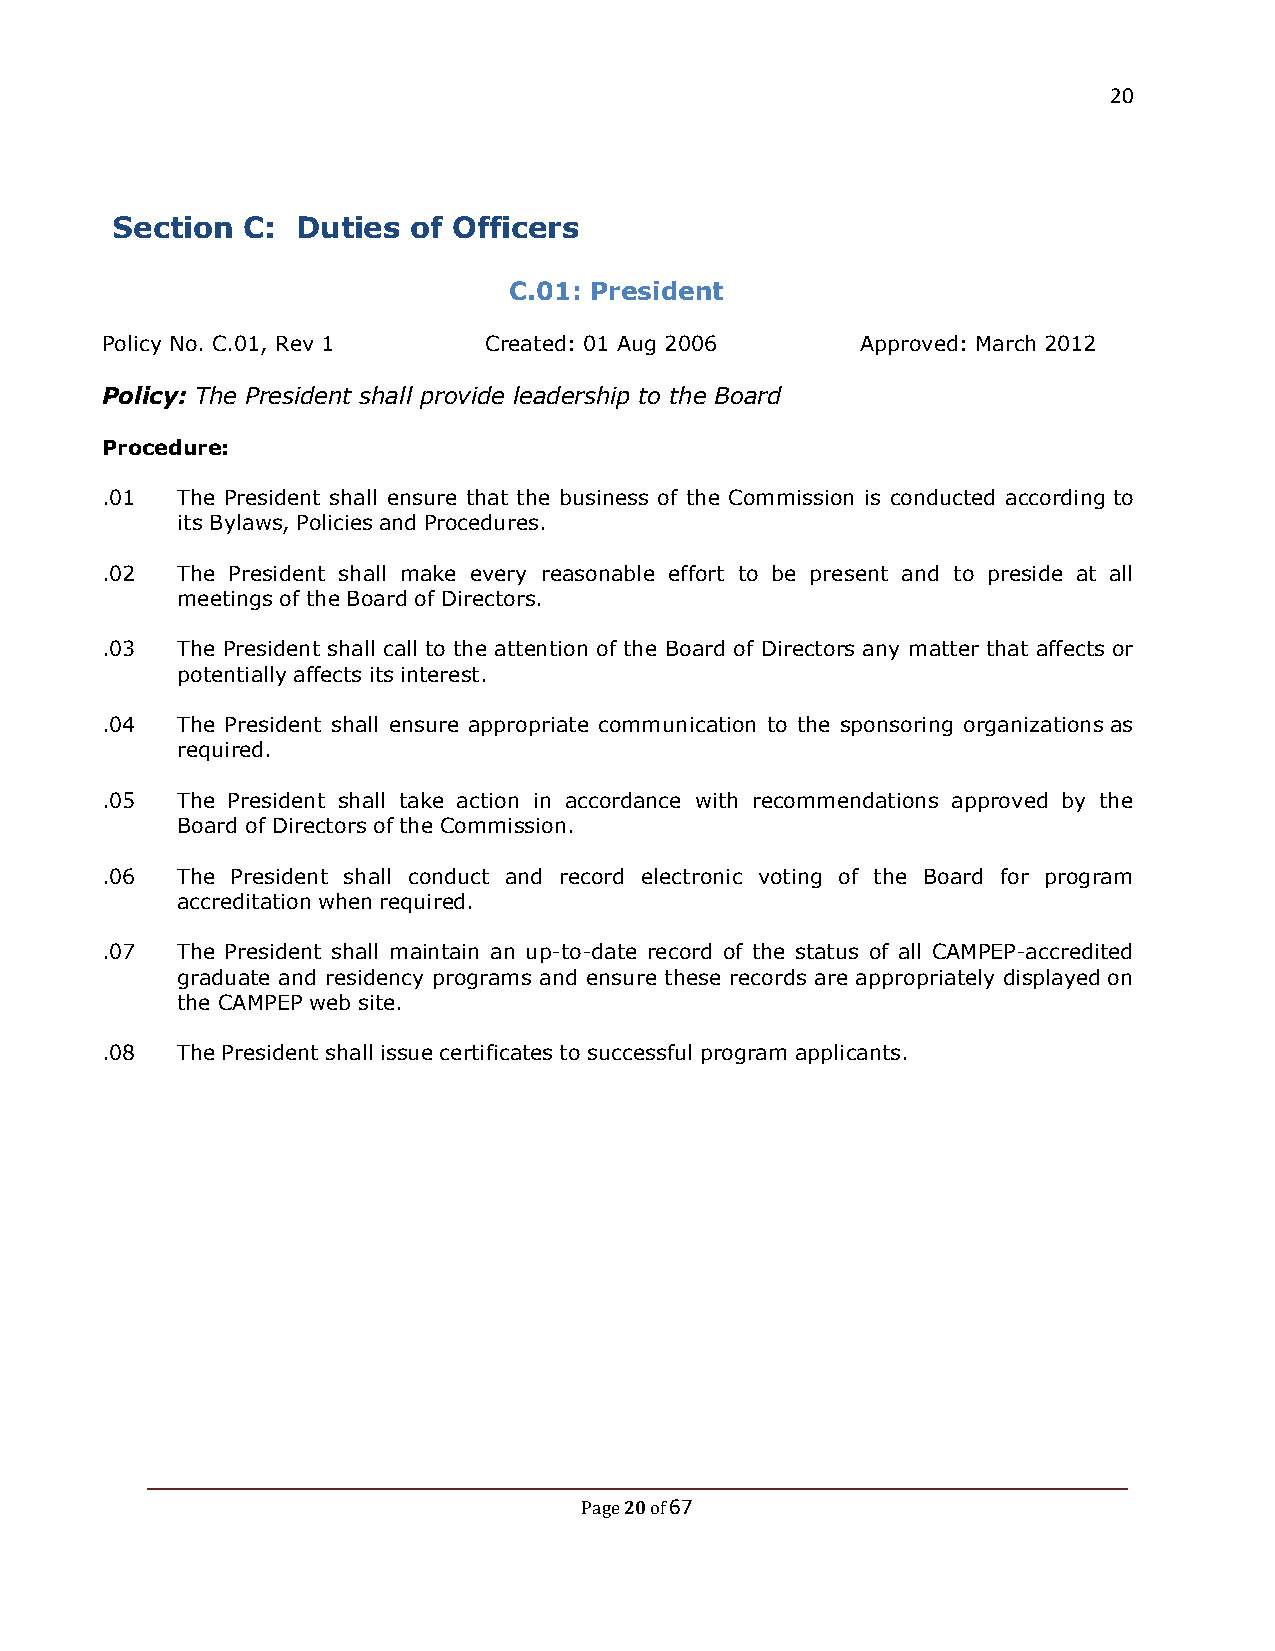
20
 Section  C:  Duties of Officers
 C.01: President
 Policy No. C.01, Rev 1   Created: 01 Aug 2006     Approved: March 2012
 Policy: The President shall provide leadership to the Board
 Procedure:
 .01  The President shall ensure that the business of the Commission is conducted according to
 its Bylaws, Policies and Procedures.
 .02  The President shall make every reasonable effort to be present and to preside at all
 meetings of the Board of Directors.
 .03  The President shall call to the attention of the Board of Directors any matter that affects or
 potentially affects its interest.
 .04  The President shall ensure appropriate communication to the sponsoring organizations as
 required.
 .05  The President shall take action in accordance with recommendations approved by the
 Board of Directors of the Commission.
 .06  The President shall conduct and record electronic voting of the Board for program
 accreditation when required.
 .07  The President shall maintain an up-to-date record of the status of all CAMPEP-accredited
 graduate and residency programs and ensure these records are appropriately displayed on
 the CAMPEP web site.
 .08  The President shall issue certificates to successful program applicants.
 20 67
 Page of